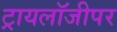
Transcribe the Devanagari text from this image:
ट्रायलॉजीपर